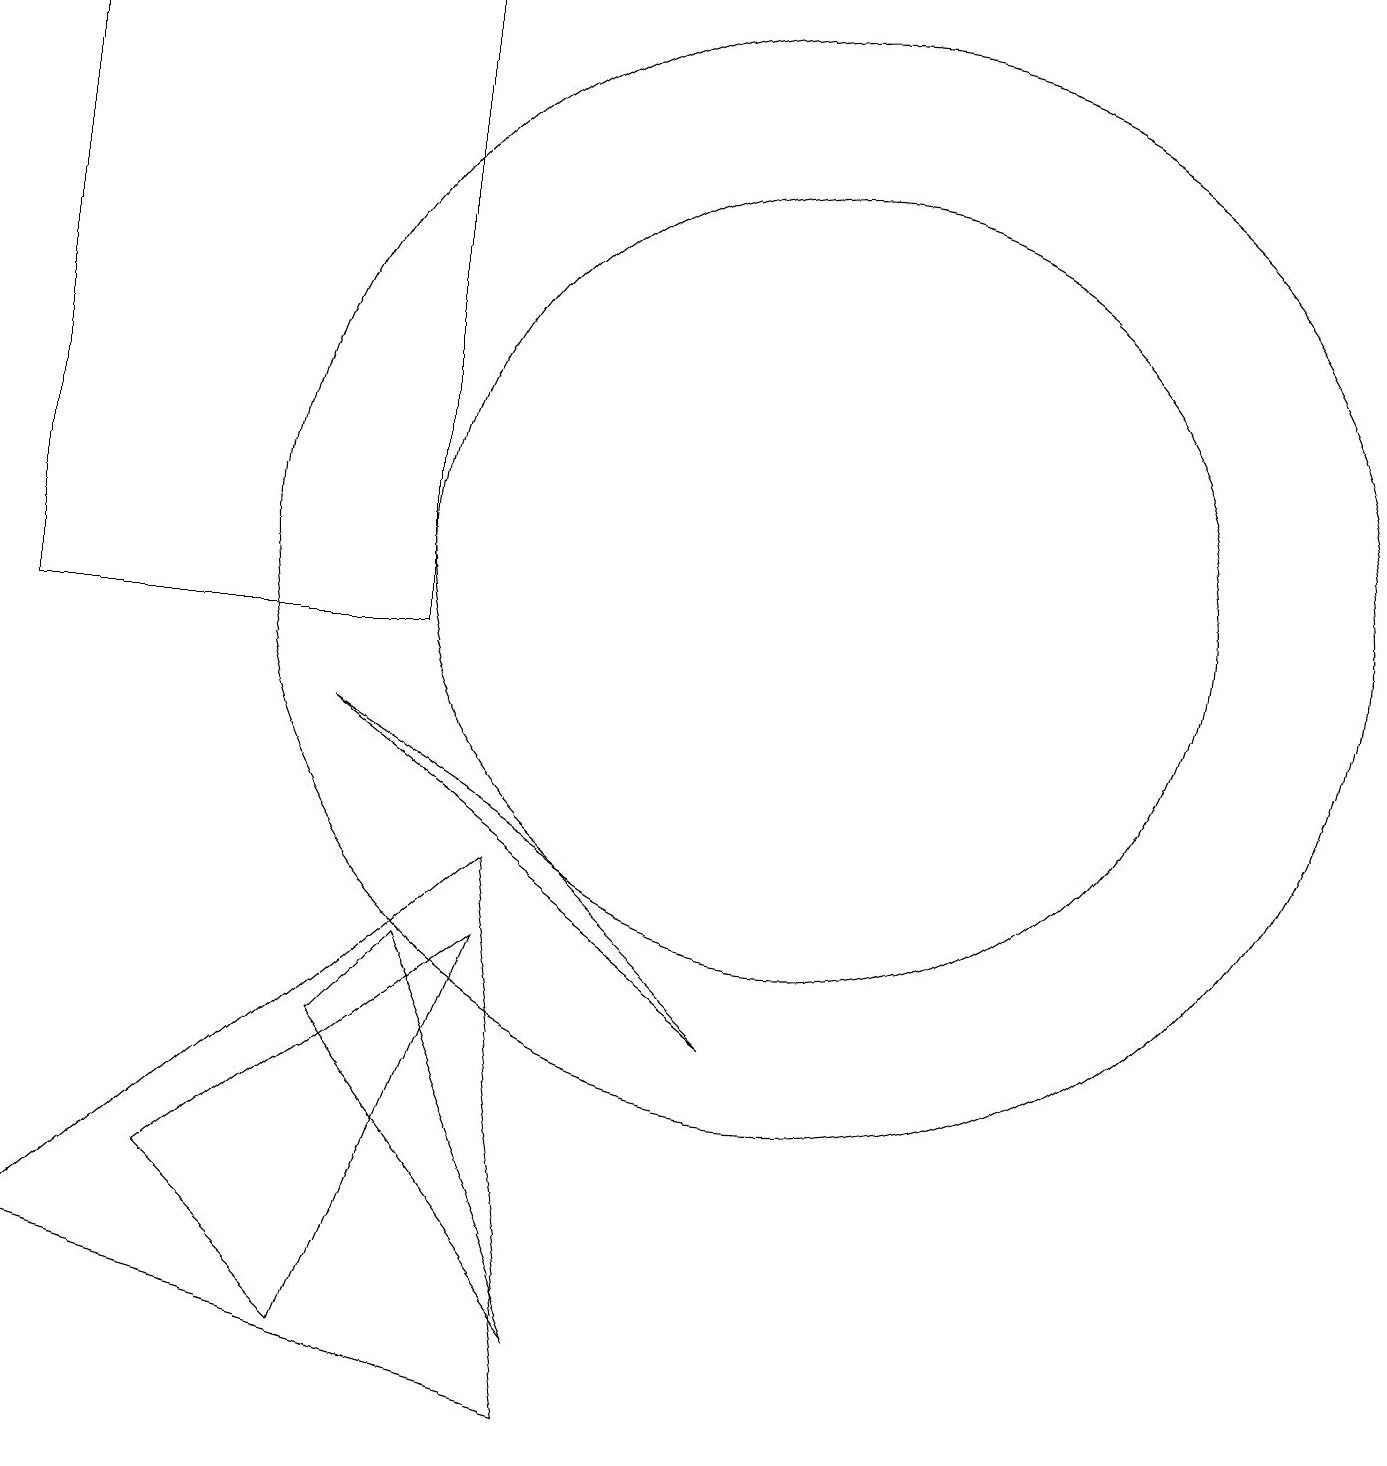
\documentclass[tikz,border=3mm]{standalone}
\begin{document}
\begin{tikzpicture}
\draw (10,11) circle (5);
\draw (10,11) circle (7);
\draw (7,1) -- (4,5) -- (5,6) -- cycle;
\draw (5,18) rectangle (0,10);
\draw (0,2) -- (6,7) -- (7,0) -- cycle;
\draw (4,1) -- (2,3) -- (6,6) -- cycle;
\draw (4,9) -- (9,5) -- (7,7) -- cycle;
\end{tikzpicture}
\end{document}